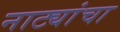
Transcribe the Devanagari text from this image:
नाट्यांचा